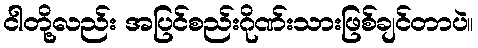
ငါတို့လည်း အပြင်စည်းဂိုဏ်းသားဖြစ်ချင်တာပဲ။